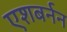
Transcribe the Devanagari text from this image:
एशबर्नन